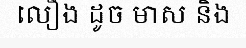
លឿង ដូច មាស និង